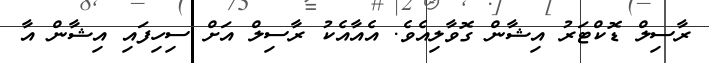
ރާސިލް ޑޮކްޓަރު އިޝާން ގޮވާލިއެވެ. އެއާއެކު ރާސިލް އަށް ސިހިފައި އިޝާން އާ